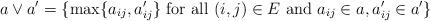
LaTeX: \begin{align*}a\vee a'=\{\max\{a_{ij},a_{ij}'\}\mbox{ for all }(i,j)\in E\mbox{ and }a_{ij}\in a,a'_{ij}\in a'\}\end{align*}